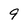
Character: 9